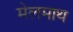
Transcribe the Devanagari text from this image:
मेलमाथ